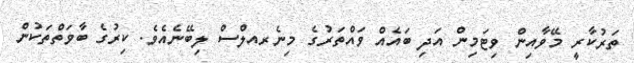
ތަރުކާރީ މޭވާއިން ވިޓަމިން އަދި ބައެއް ވައްތަރުގެ މިނެރއލްސް ލިބޭނެއެވެ. ކިރުގެ ބާވަތްތަކުން